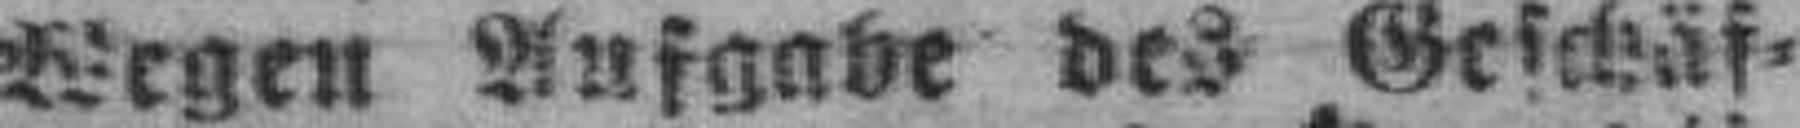
Wegen Aufgabe des Geschäf¬